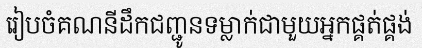
រៀបចំគណនីដឹកជញ្ជូនទម្លាក់ជាមួយអ្នកផ្គត់ផ្គង់